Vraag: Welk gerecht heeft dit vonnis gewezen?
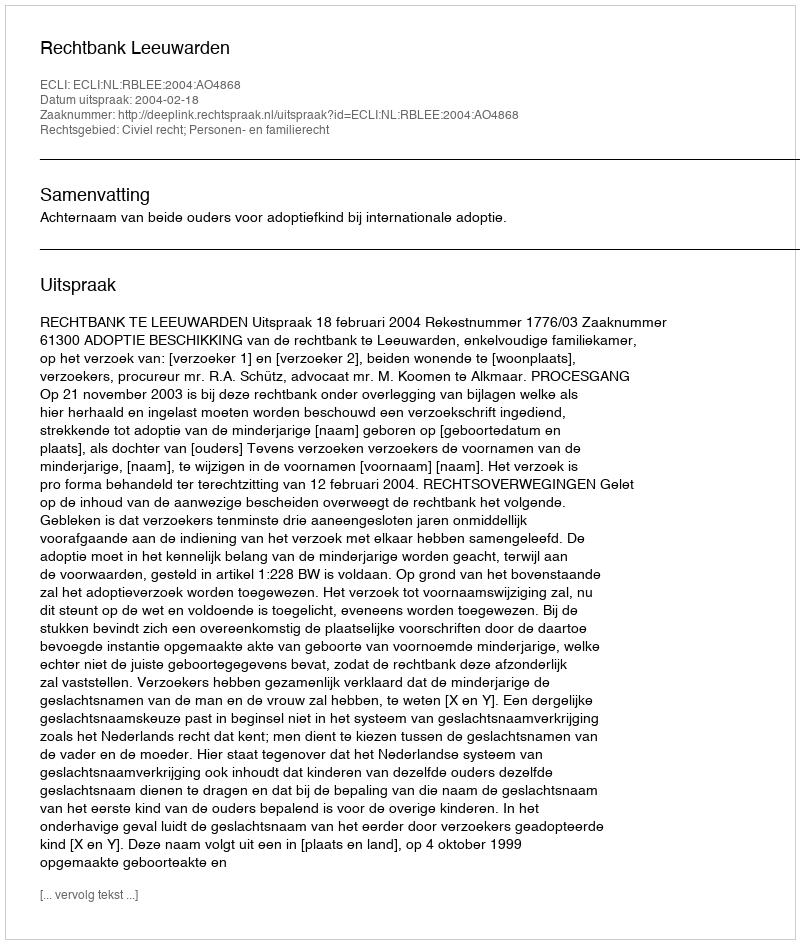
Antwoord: Rechtbank Leeuwarden